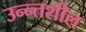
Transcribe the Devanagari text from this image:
उन्न्तशील